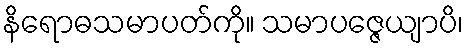
နိရောဓသမာပတ်ကို။ သမာပဇ္ဇေယျာပိ၊